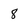
Character: 8